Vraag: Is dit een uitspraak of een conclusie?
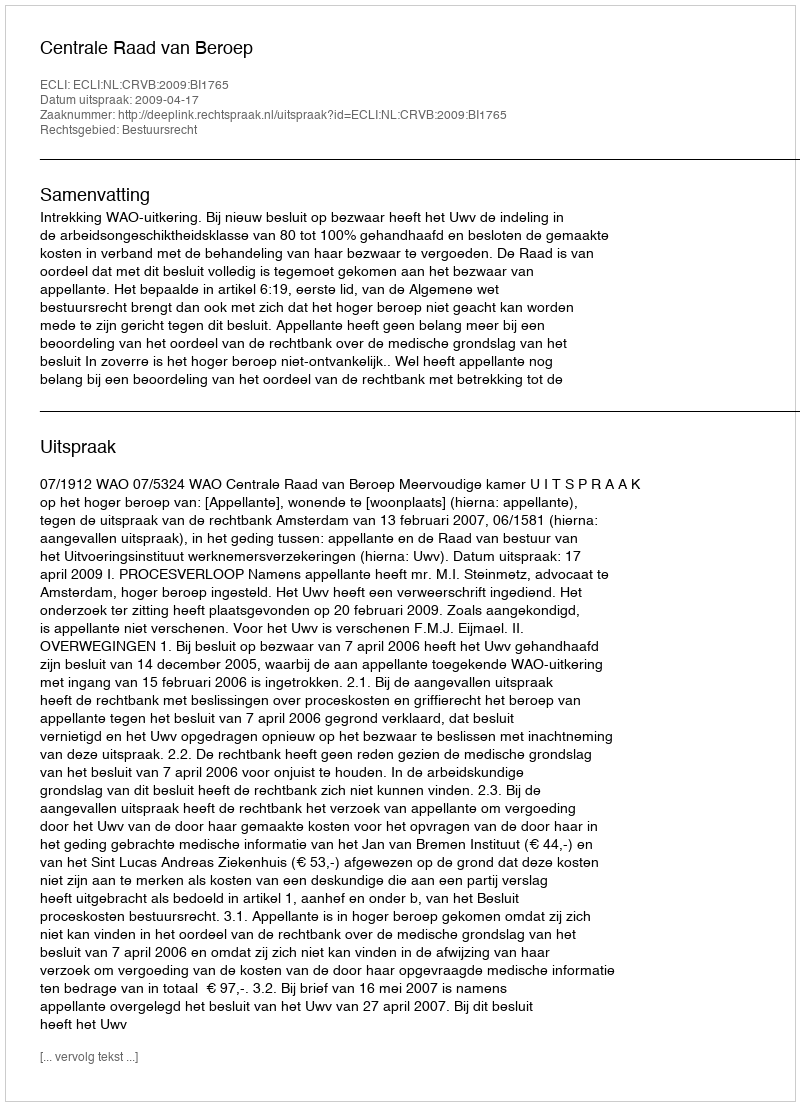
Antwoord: Uitspraak